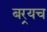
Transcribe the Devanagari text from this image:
बर्‍यच